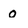
Character: 0